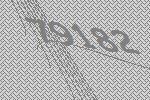
79182